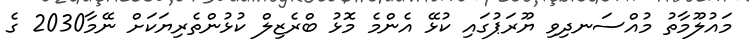
މައުލޫމާތު މުއްސަނދިވި ޔޫރަޕުގައި ކުޅޭ އެންމެ މޮޅު ބްރެޒިލް ކުޅުންތެރިޔަކަށް ނޭމާ2030 ގެ